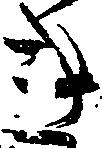
き